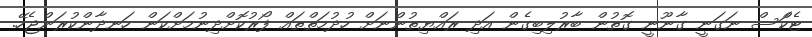
ޓެކްަސް ނަގަނީ ގާނޫނީ ގޮތުން ބާރުލިބިގެން އަދި ރައްޔިތުންނަށް ހުދުމަތްތައް ފޯރުކޮށްދިނުމަށްކަން ހަނދާންކުރަންޖެހޭ.